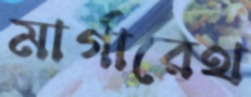
মার্গারেথ